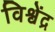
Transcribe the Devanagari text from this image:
विश्वेंद्र